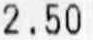
2.50